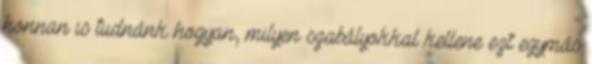
honnan is tudnánk hogyan, milyen szabályokkal kellene ezt egymás